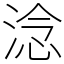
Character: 淰